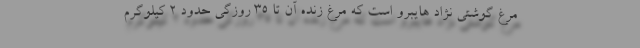
مرغ گوشتی نژاد هایبرو است که مرغ زنده آن تا ۳۵ روزگی حدود ۲ کیلوگرم